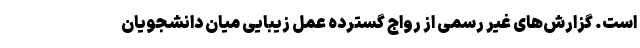
است. گزارش‌های غیر رسمی از رواج گسترده عمل‌ زیبایی میان دانشجویان